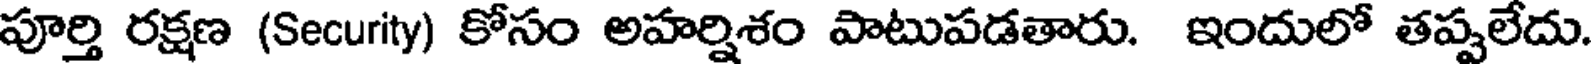
పూర్తి రక్షణ (Security) కోసం అహర్షిశం పాటుపడతారు. ఇందులో తప్పలేదు.